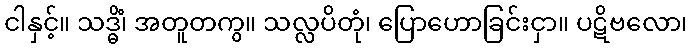
ငါနှင့်။ သဒ္ဓိံ၊ အတူတကွ။ သလ္လပိတုံ၊ ပြောဟောခြင်းငှာ။ ပဋိဗလော၊